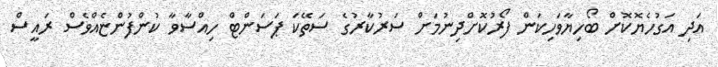
އަދި އަގުހެޔޮކޮށް ބޯހިޔާވަހިކަން ފޯރުކޮށްދިނުމަށް ސަރުކާރުގެ ސަތޭކަ ޕަސަންޓް ހިއްސާވާ ކުންފުންޏެއްވެސް ރައީސް